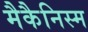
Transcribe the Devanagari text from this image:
मैकैनिस्म